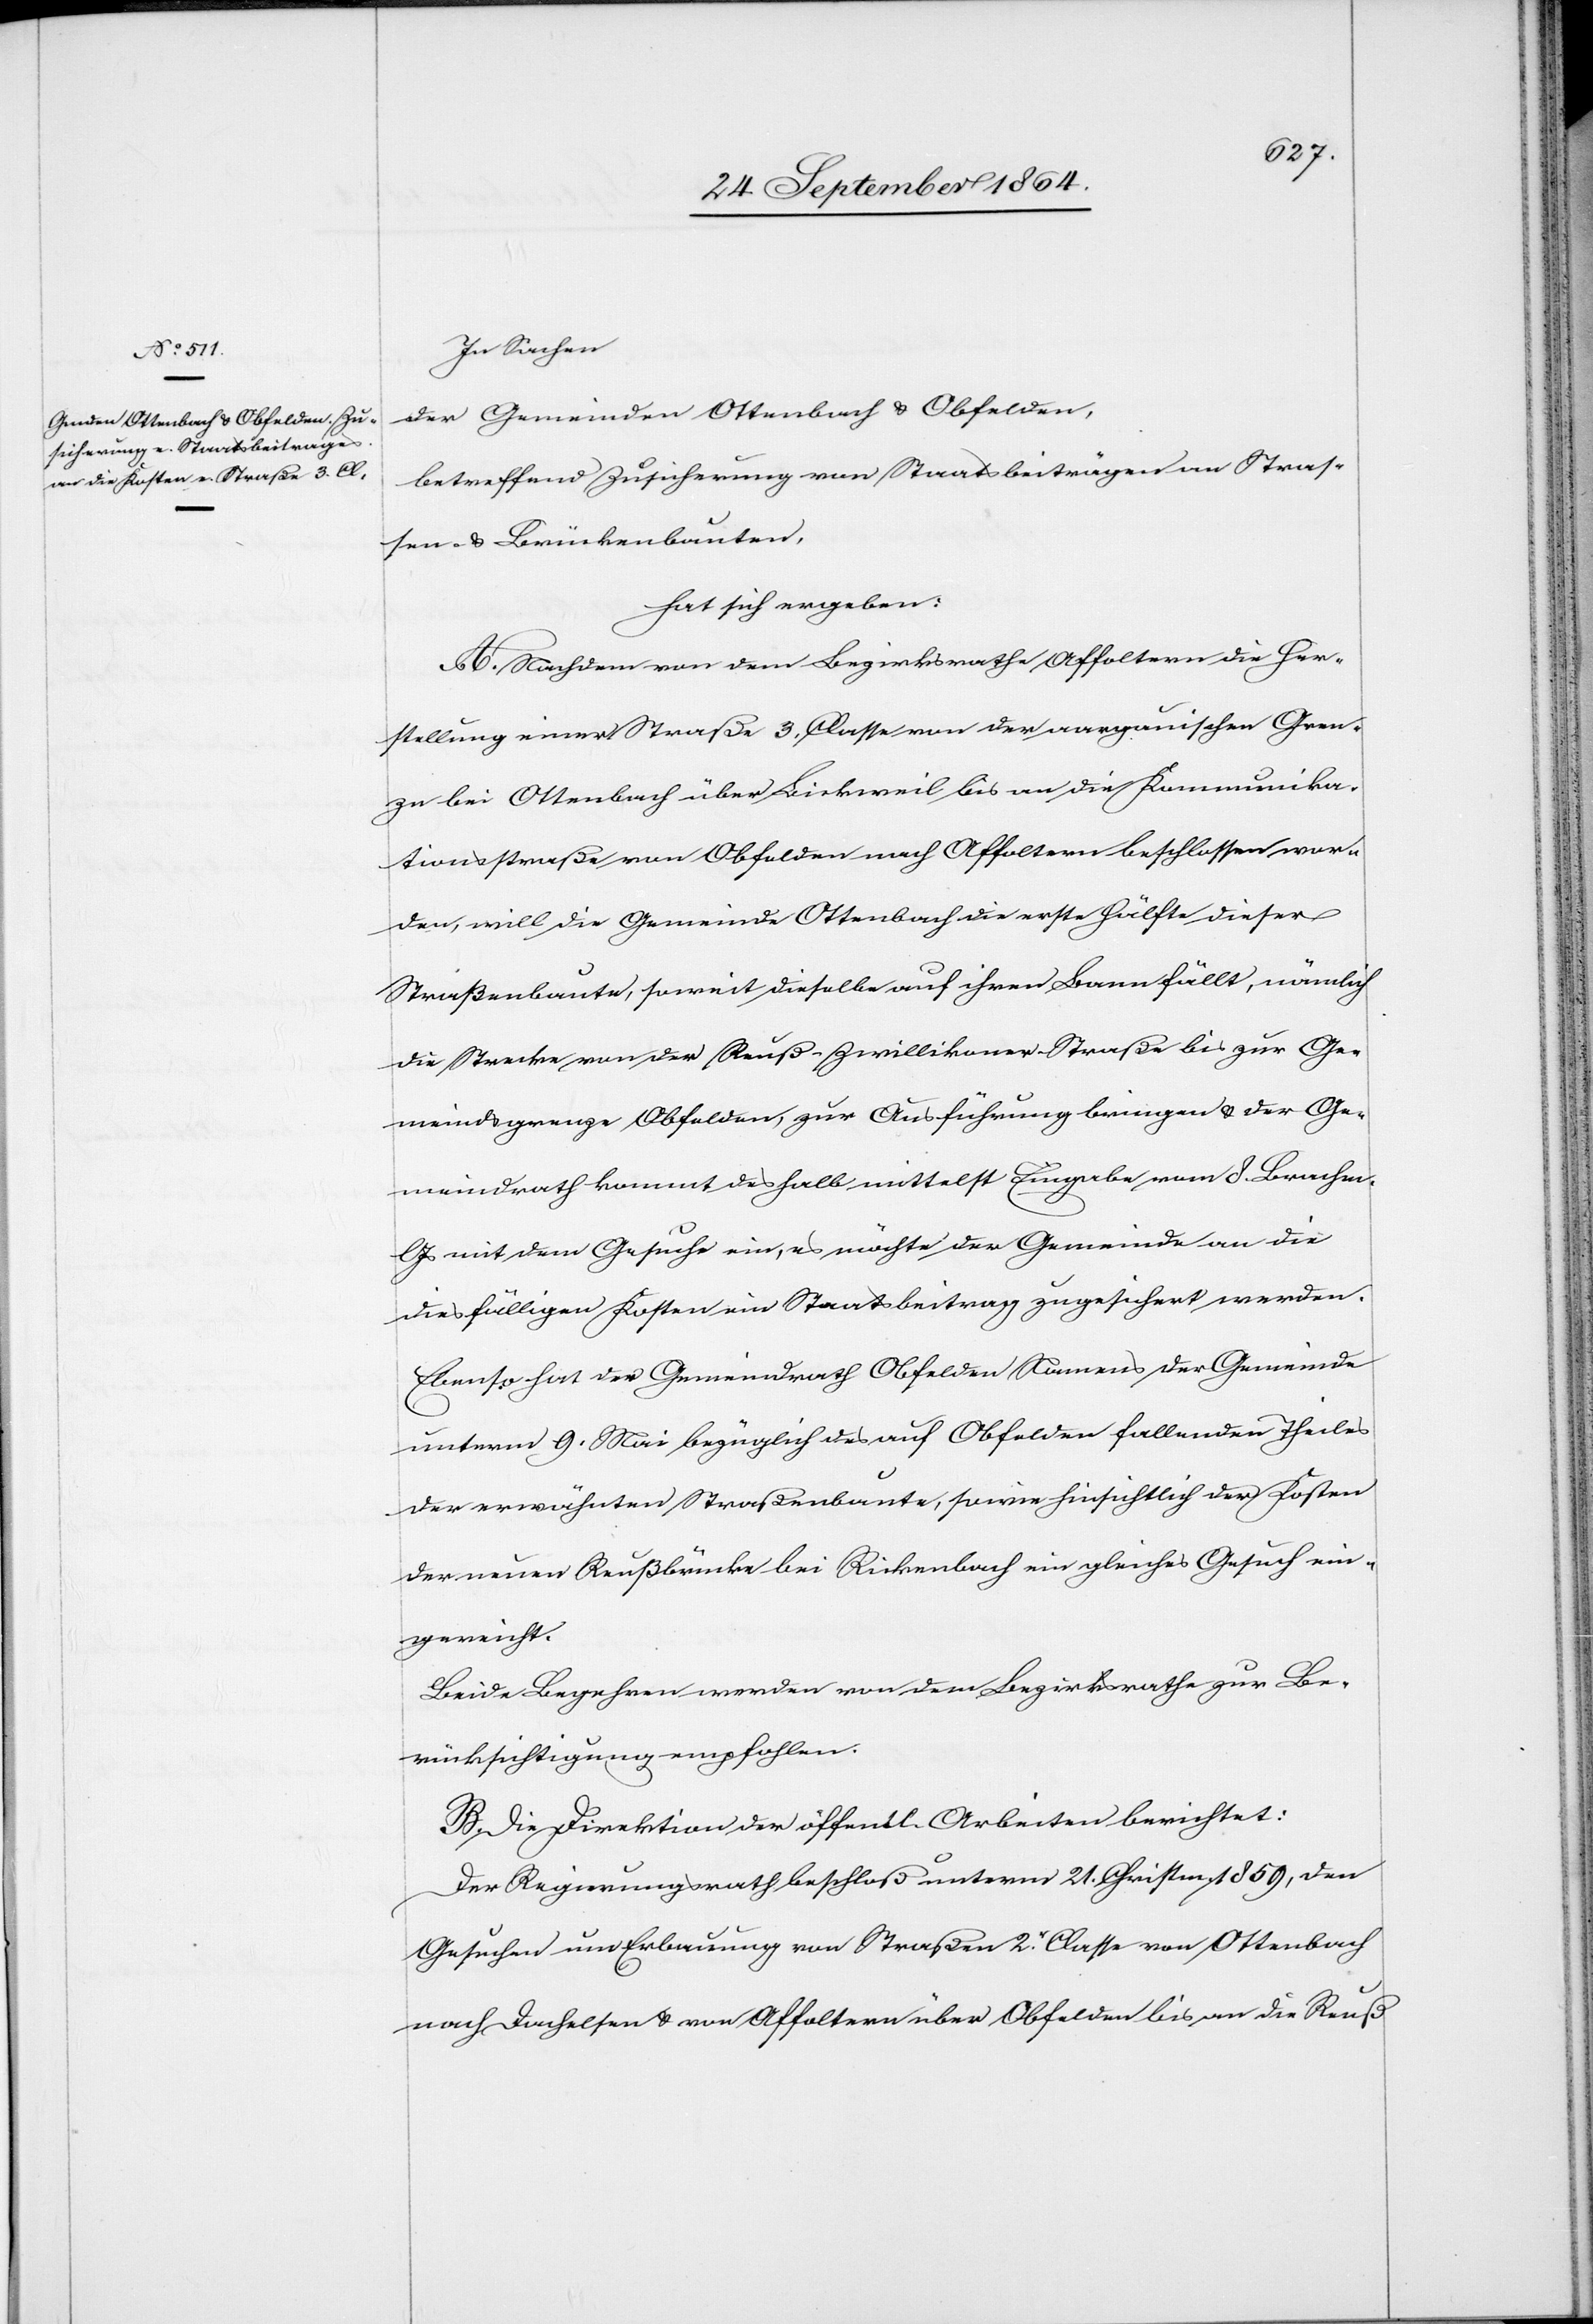
In Sachen
der Gemeinden Ottenbach & Obfelden,
betreffend Zusicherung von Staatsbeiträgen an Stras¬
sen- & Brückenbauten,
hat sich ergeben:
A. Nachdem von dem Bezirksrathe Affoltern die Her¬
stellung einer Straße 3. Classe von der aargauischen Gren¬
ze bei Ottenbach über Bickweil bis an die Kommunika¬
tionsstraße von Obfelden nach Affoltern beschlossen wor¬
den, will die Gemeinde Ottenbach die erste Hälfte dieser
Straßenbaute, soweit dieselbe auf ihren Bann fällt, nämlich
die Strecke von der Reuß-Zwillikoner-Straße bis zur Ge¬
meindsgrenze Obfelden, zur Ausführung bringen & der Ge¬
meindrath kommt deshalb mittelst Eingabe vom 8. Brachm.
Js mit dem Gesuche ein, es möchte der Gemeinde an die
diesfälligen Kosten ein Staatsbeitrag zugesichert werden.
Ebenso hat der Gemeindrath Obfelden Namens der Gemeinde
unterm 9. Mai bezüglich des auf Obfelden fallenden Theiles
der erwähnten Straßenbaute, sowie hinsichtlich der Kosten
der neuen Reußbrücke bei Rickenbach ein gleiches Gesuch ein¬
gereicht.
Beide Begehren werden von dem Bezirksrathe zur Be¬
rücksichtigung empfohlen.
B. Die Direktion der öffentl. Arbeiten berichtet:
Der Regierungsrath beschloß unterm 21. Christm. 1859, den
Gesuchen um Erhebung von Straßen 2.r Classe von Ottenbach
nach Dachelsen & von Affoltern über Obfelden bis an die Reuß